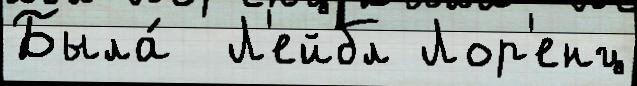
Была́  Л'ейбл Лор'енц